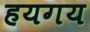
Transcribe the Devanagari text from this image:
हयगय